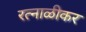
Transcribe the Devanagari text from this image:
रत्नाळीकर